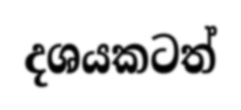
දශයකටත්